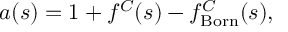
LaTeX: a ( s ) = 1 + f ^ { C } ( s ) - f _ { \mathrm { B o r n } } ^ { C } ( s ) ,